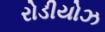
રોડીયોઝ